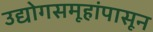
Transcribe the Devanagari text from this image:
उद्योगसमूहांपासून